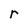
Character: r